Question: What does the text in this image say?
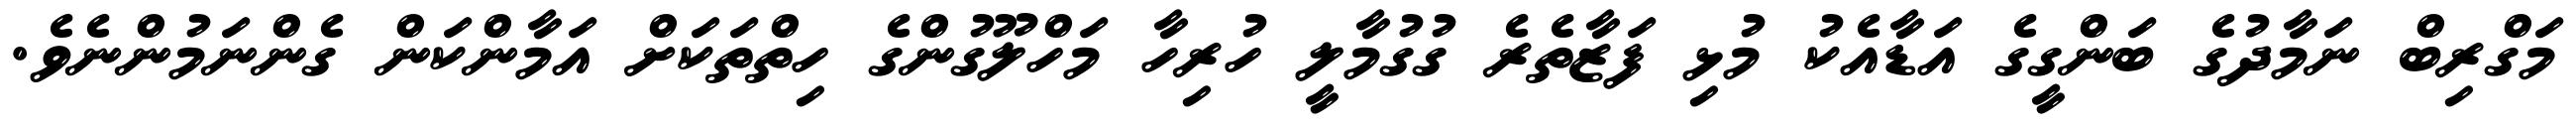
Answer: މަގްރިބް ނަމާދުގެ ބަންގީގެ އަޑާއެކު މުޅި ފަޒާތެރެ ގުގުމާލީ ހުރިހާ މަހްލޫގުންގެ ހިތްތަކަށް އަމާންކަން ގެންނަމުންނެވެ.